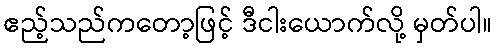
ဧည့်သည်ကတော့ဖြင့် ဒီငါးယောက်လို့ မှတ်ပါ။